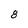
Character: 8